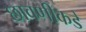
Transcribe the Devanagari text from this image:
छावणीकडे